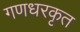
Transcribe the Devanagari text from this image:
गणधरकृत